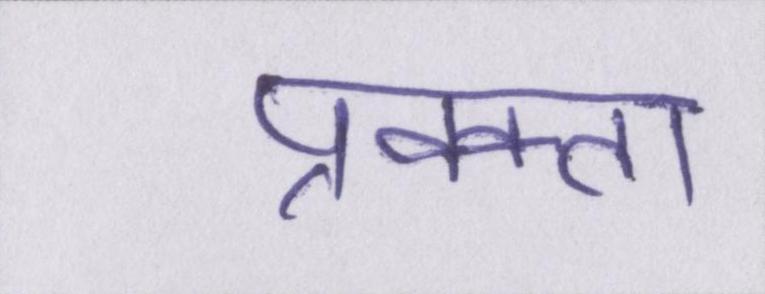
प्रवक्ता